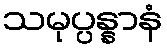
သမုပ္ပန္နာနံ